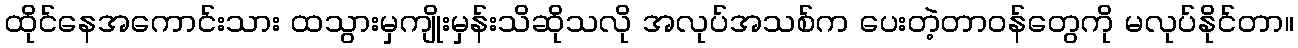
ထိုင်နေအကောင်းသား ထသွားမှကျိုးမှန်းသိဆိုသလို အလုပ်အသစ်က ပေးတဲ့တာဝန်တွေကို မလုပ်နိုင်တာ။